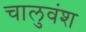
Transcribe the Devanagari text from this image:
चालुवंश